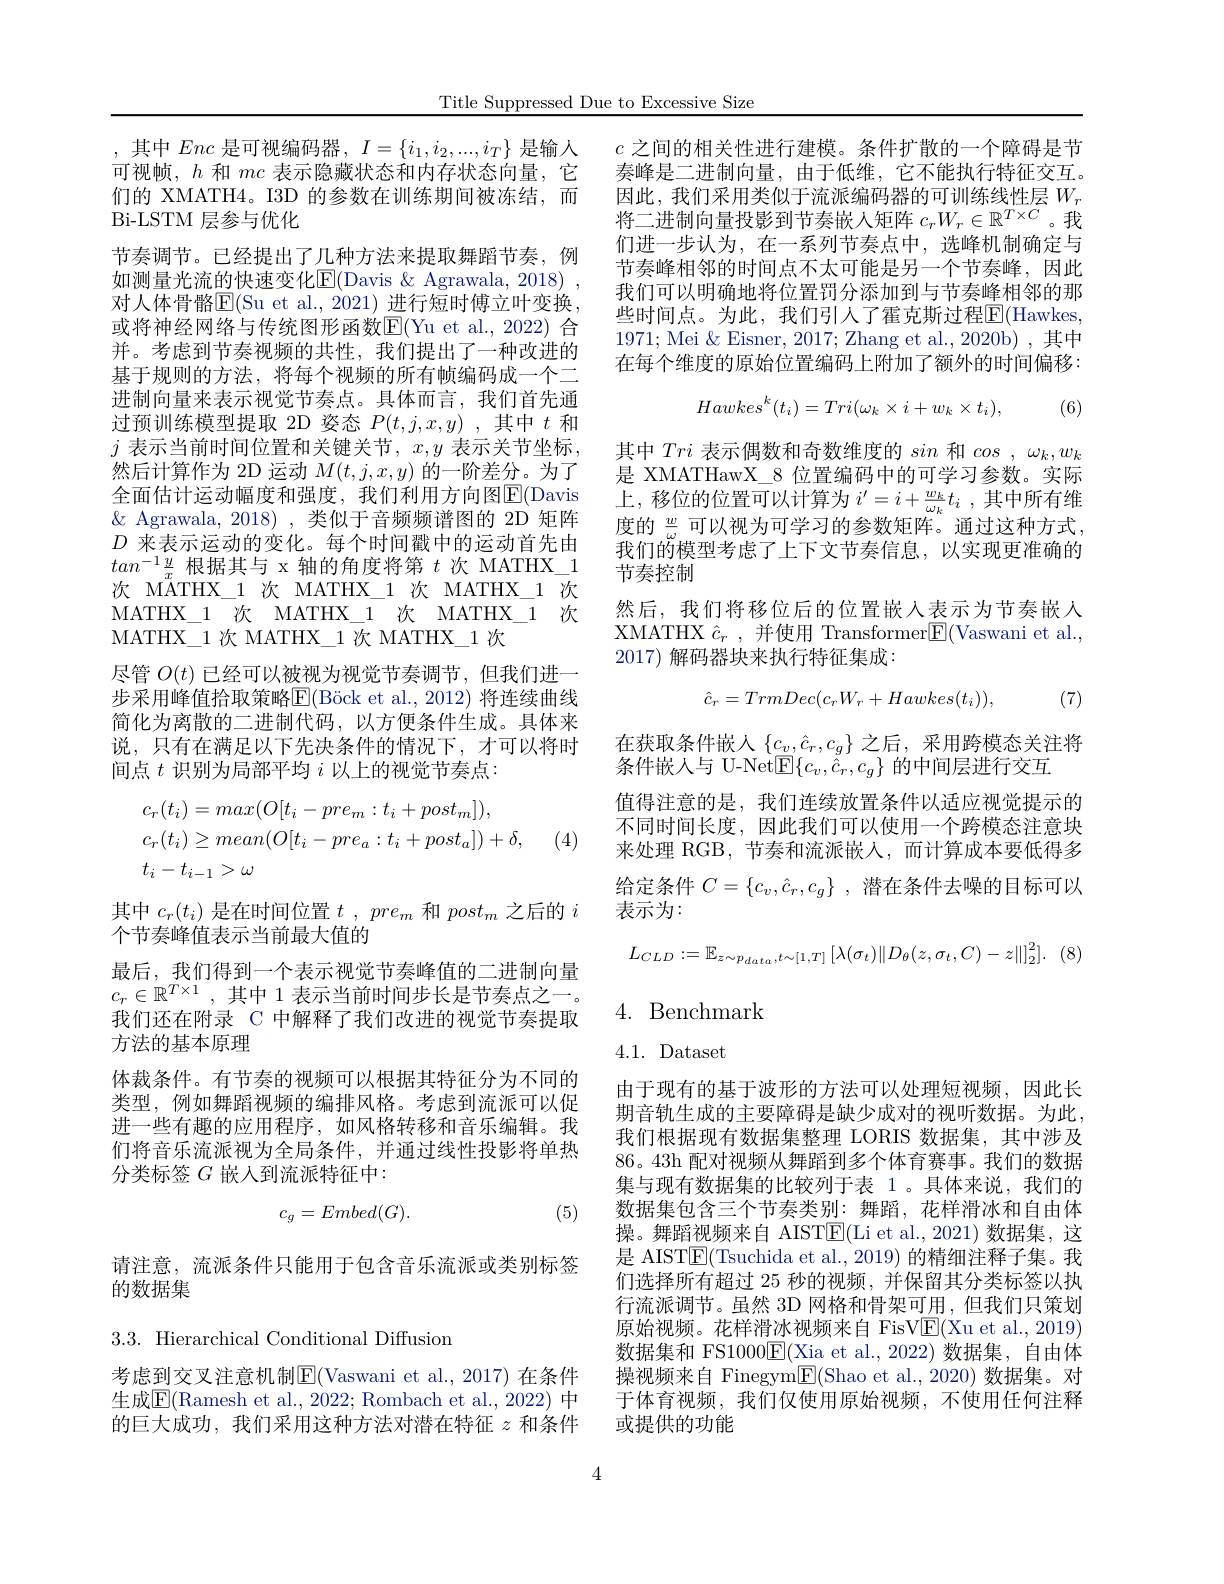
Title Suppressed Due to Excessive Size

可视帧，$h$和$mc$表示隐藏状态和内存状态向量，它们的 XMATH4。I3D 的参数在训练期间被冻结，而Bi-LSTM 层参与优化
节奏调节。已经提出了几种方法来提取舞蹈节奏，例如测量光流的快速变化$\underline{\mathrm{F}}($Davis $\&$ Agrawala, 2018) , 对人体骨骼E(Su et al., 2021) 进行短时傅立叶变换或将神经网络与传统图形函数E(Yu et al., 2022) 合并。考虑到节奏视频的共性，我们提出了一种改进的基于规则的方法，将每个视频的所有帧编码成一个二进制向量来表示视觉节奏点。具体而言，我们首先通过预训练模型提取 2D 姿态$P(t,j,x,y)$ ,其中$t$和$j$ 表示当前时间位置和关键关节$,x,y$ 表示关节坐标然后计算作为 2D 运动$M(t,j,x,y)$的一阶差分。为了全面估计运动幅度和强度，我们利用方向图$\overline{\mathrm{E}}($Davis $\&$ Agrawala, 2018),类似于音频频谱图的 2D 矩阵$D$来表示运动的变化。每个时间戳中的运动首先由$tan^{-1}\frac yx$根据其与 x 轴的角度将第$t$次 MATHX\_1次 MATHX\_1 次 MATHX\_1 次 MATHX\_1 次MATHX\_1 次 MATHX\_1 次 MATHX\_1 次MATHX\_1 次 MATHX\_1 次 MATHX\_1 次
尽管$O(t)$已经可以被视为视觉节奏调节，但我们进一步采用峰值拾取策略E(B$\" o$cketal. , 2012) 将连续曲线简化为离散的二进制代码，以方便条件生成。具体来说，只有在满足以下先决条件的情况下，才可以将时间点$t$识别为局部平均$i$以上的视觉节奏点：
$$\begin{aligned}&c_{r}(t_{i})=max(O[t_{i}-pre_{m}:t_{i}+post_{m}]),\\&c_{r}(t_{i})\geq mean(O[t_{i}-pre_{a}:t_{i}+post_{a}])+\delta,\\&t_{i}-t_{i-1}>\omega\end{aligned}$$
(4)

其中$c_r(t_i)$是在时间位置$t,pre_m$和$post_m$之后的$i$
个节奏峰值表示当前最大值的
最后，我们得到一个表示视觉节奏峰值的二进制向量$c_r\in\mathbb{R}^{T\times1}$,其中 1表示当前时间步长是节奏点之一。我们还在附录 C 中解释了我们改进的视觉节奏提取方法的基本原理
体裁条件。有节奏的视频可以根据其特征分为不同的类型，例如舞蹈视频的编排风格。考虑到流派可以促进一些有趣的应用程序，如风格转移和音乐编辑。我们将音乐流派视为全局条件，并通过线性投影将单热分类标签$G$嵌入到流派特征中：

(5)
$$c_g=Embed(G).$$
请注意，流派条件只能用于包含音乐流派或类别标签
的数据集

3.3. Hierarchical Conditional Diffusion

考虑到交叉注意机制$\mathbb{E}($Vaswani et al., 2017) 在条件生成E(Ramesh et al., 2022; Rombach et al., 2022) 中的巨大成功，我们采用这种方法对潜在特征$z$和条件

,其中Enc是可视编码器，$I=\{i_1,i_2,...,i_T\}$是输人 $c$之间的相关性进行建模。条件扩散的一个障碍是节
奏峰是二进制向量，由于低维，它不能执行特征交互。因此，我们采用类似于流派编码器的可训练线性层$W_r$ 将二进制向量投影到节奏嵌人矩阵$c_rW_r\in\mathbb{R}^T\times C$ 。我们进一步认为，在一系列节奏点中，选峰机制确定与节奏峰相邻的时间点不太可能是另一个节奏峰，因此我们可以明确地将位置罚分添加到与节奏峰相邻的那些时间点。为此，我们引人了霍克斯过程$\overline{\mathrm{E}}($Hawkes, 1971; Mei $\&$ Eisner, 2017; Zhang et al., 2020b) , 其中在每个维度的原始位置编码上附加了额外的时间偏移：
$$Hawkes^k(t_i)=Tri(\omega_k\times i+w_k\times t_i),$$
(6)

其中Tri表示偶数和奇数维度的sin和$cos,\omega_k,w_k$ 是 XMATHawX\_8 位置编码中的可学习参数。实际上，移位的位置可以计算为$i^\prime = i+ \frac {w_k}{\omega _k}t_i$ ,其中所有维度的$\frac w\omega$可以视为可学习的参数矩阵。通过这种方式， 我们的模型考虑了上下文节奏信息，以实现更准确的节奏控制
然后，我们将移位后的位置嵌人表示为节奏嵌人XMATHX $\hat{c} _r$ ,并使用 Transformer$\boxed{\mathrm{F}}($Vaswani et al., 2017) 解码器块来执行特征集成：
$$\hat{c}_{r}=TrmDec(c_{r}W_{r}+Hawkes(t_{i})),$$
(7)

在获取条件嵌人$\{c_v,\hat{c}_r,c_g\}$之后，采用跨模态关注将
条件嵌人与 U-Net$\underline{\mathrm{E}}\{c_v,\hat{c}_r,c_g\}$的中间层进行交互
值得注意的是，我们连续放置条件以适应视觉提示的不同时间长度，因此我们可以使用一个跨模态注意块来处理 RGB,节奏和流派嵌入，而计算成本要低得多给定条件$C= \{ c_v, \hat{c} _r, c_g\}$ ,潜在条件去噪的目标可以表示为：
$$L_{CLD}:=\mathbb{E}_{z\sim p_{data},t\sim[1,T]}\left[\lambda(\sigma_{t})\|D_{\theta}(z,\sigma_{t},C)-z\|\right]_{2}^{2}].$$
## 4. Benchmark

# 4.1.Dataset

由于现有的基于波形的方法可以处理短视频，因此长期音轨生成的主要障碍是缺少成对的视听数据。为此， 我们根据现有数据集整理 LORIS 数据集，其中涉及86。43h 配对视频从舞蹈到多个体育赛事。我们的数据集与现有数据集的比较列于表 1。具体来说，我们的数据集包含三个节奏类别：舞蹈，花样滑冰和自由体操。舞蹈视频来自 AISTE(Li et al.,2021)数据集，这是 AIST$\overline{\mathrm{E}}($Tsuchida et al., 2019) 的精细注释子集。我们选择所有超过 25 秒的视频，并保留其分类标签以执行流派调节。虽然 3D 网格和骨架可用，但我们只策划原始视频。花样滑冰视频来自 FisV$\underline{\mathrm{E}}($Xu et al., 2019) 数据集和 FS1000$\underline{\mathrm{E}}($Xia et al.,2022)数据集，自由体操视频来自 Finegym$\underline{\mathrm{E}}($Shao et al.,2020) 数据集。对于体育视频，我们仅使用原始视频，不使用任何注释或提供的功能